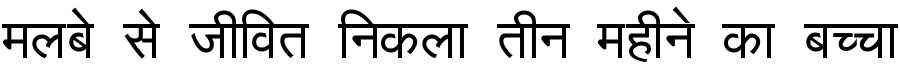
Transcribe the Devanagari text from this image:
मलबे से जीवित निकला तीन महीने का बच्चा